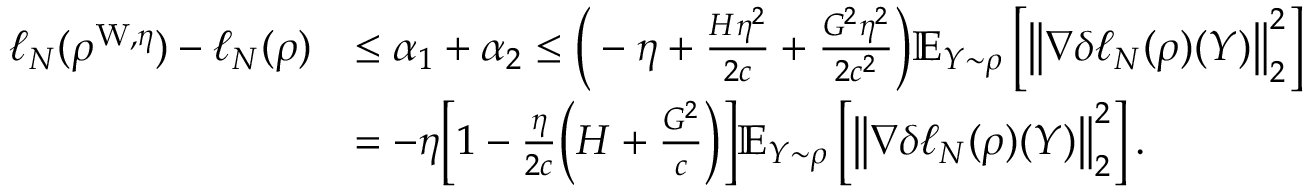
\begin{array} { r l } { \ell _ { N } ( \rho ^ { \mathrm { W } , \eta } ) - \ell _ { N } ( \rho ) } & { \leq \alpha _ { 1 } + \alpha _ { 2 } \leq \bigg ( - \eta + \frac { H \eta ^ { 2 } } { 2 c } + \frac { G ^ { 2 } \eta ^ { 2 } } { 2 c ^ { 2 } } \bigg ) \mathbb { E } _ { Y \sim \rho } \left[ \left\Vert \nabla \delta \ell _ { N } ( \rho ) ( Y ) \right\Vert _ { 2 } ^ { 2 } \right] } \\ & { = - \eta \bigg [ 1 - \frac { \eta } { 2 c } \bigg ( H + \frac { G ^ { 2 } } { c } \bigg ) \bigg ] \mathbb { E } _ { Y \sim \rho } \left[ \left\Vert \nabla \delta \ell _ { N } ( \rho ) ( Y ) \right\Vert _ { 2 } ^ { 2 } \right] . } \end{array}